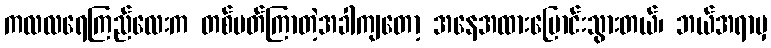
ကလလရေကြည်လေးက တစ်ပတ်ကြာတဲ့အခါကျတော့ အနေအထားပြောင်းသွားတယ်၊ ဘယ်အရာမှ